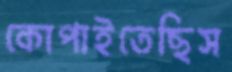
কোপাইতেছিস